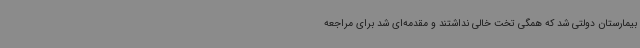
بیمارستان دولتی شد که همگی تخت خالی نداشتند و مقدمه‌ای شد برای مراجعه